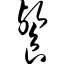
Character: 餐